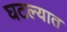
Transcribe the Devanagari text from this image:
घटल्यात